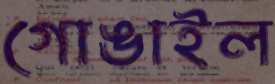
গোঙাইল